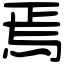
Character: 焉